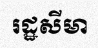
រដ្ឋសីមា